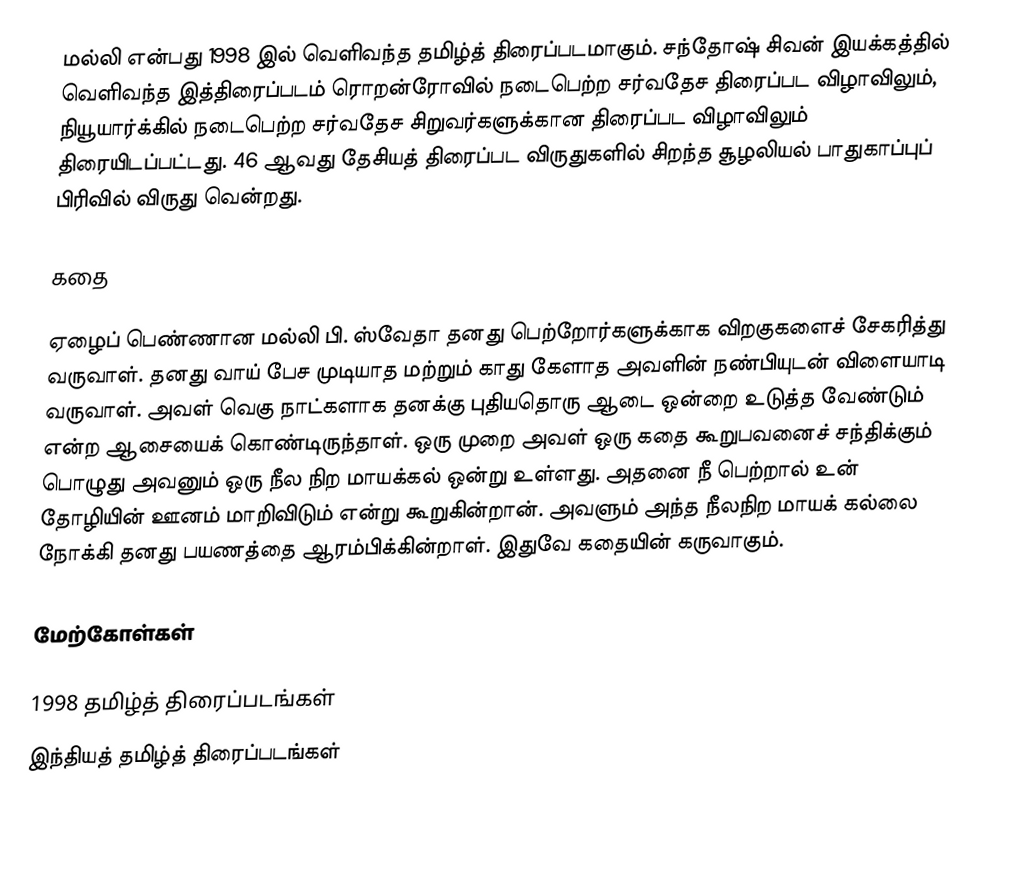
மல்லி என்பது 1998 இல் வெளிவந்த தமிழ்த் திரைப்படமாகும். சந்தோஷ் சிவன் இயக்கத்தில் வெளிவந்த இத்திரைப்படம் ரொறன்ரோவில் நடைபெற்ற சர்வதேச திரைப்பட விழாவிலும், நியூயார்க்கில் நடைபெற்ற சர்வதேச சிறுவர்களுக்கான திரைப்பட விழாவிலும் திரையிடப்பட்டது. 46  ஆவது தேசியத் திரைப்பட விருதுகளில் சிறந்த சூழலியல் பாதுகாப்புப் பிரிவில் விருது வென்றது.

கதை

ஏழைப் பெண்ணான மல்லி பி. ஸ்வேதா தனது பெற்றோர்களுக்காக விறகுகளைச் சேகரித்து வருவாள். தனது வாய் பேச முடியாத மற்றும் காது கேளாத அவளின் நண்பியுடன் விளையாடி வருவாள். அவள் வெகு நாட்களாக தனக்கு புதியதொரு ஆடை ஒன்றை உடுத்த வேண்டும் என்ற ஆசையைக் கொண்டிருந்தாள். ஒரு முறை அவள் ஒரு கதை கூறுபவனைச் சந்திக்கும் பொழுது அவனும் ஒரு நீல நிற மாயக்கல் ஒன்று உள்ளது. அதனை நீ பெற்றால் உன் தோழியின் ஊனம் மாறிவிடும் என்று கூறுகின்றான். அவளும் அந்த நீலநிற மாயக் கல்லை நோக்கி தனது பயணத்தை ஆரம்பிக்கின்றாள். இதுவே கதையின் கருவாகும்.

மேற்கோள்கள்

1998 தமிழ்த் திரைப்படங்கள்
இந்தியத் தமிழ்த் திரைப்படங்கள்